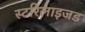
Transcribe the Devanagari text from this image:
स्टरिलाइजड